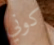
كوني